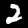
Digit: 2